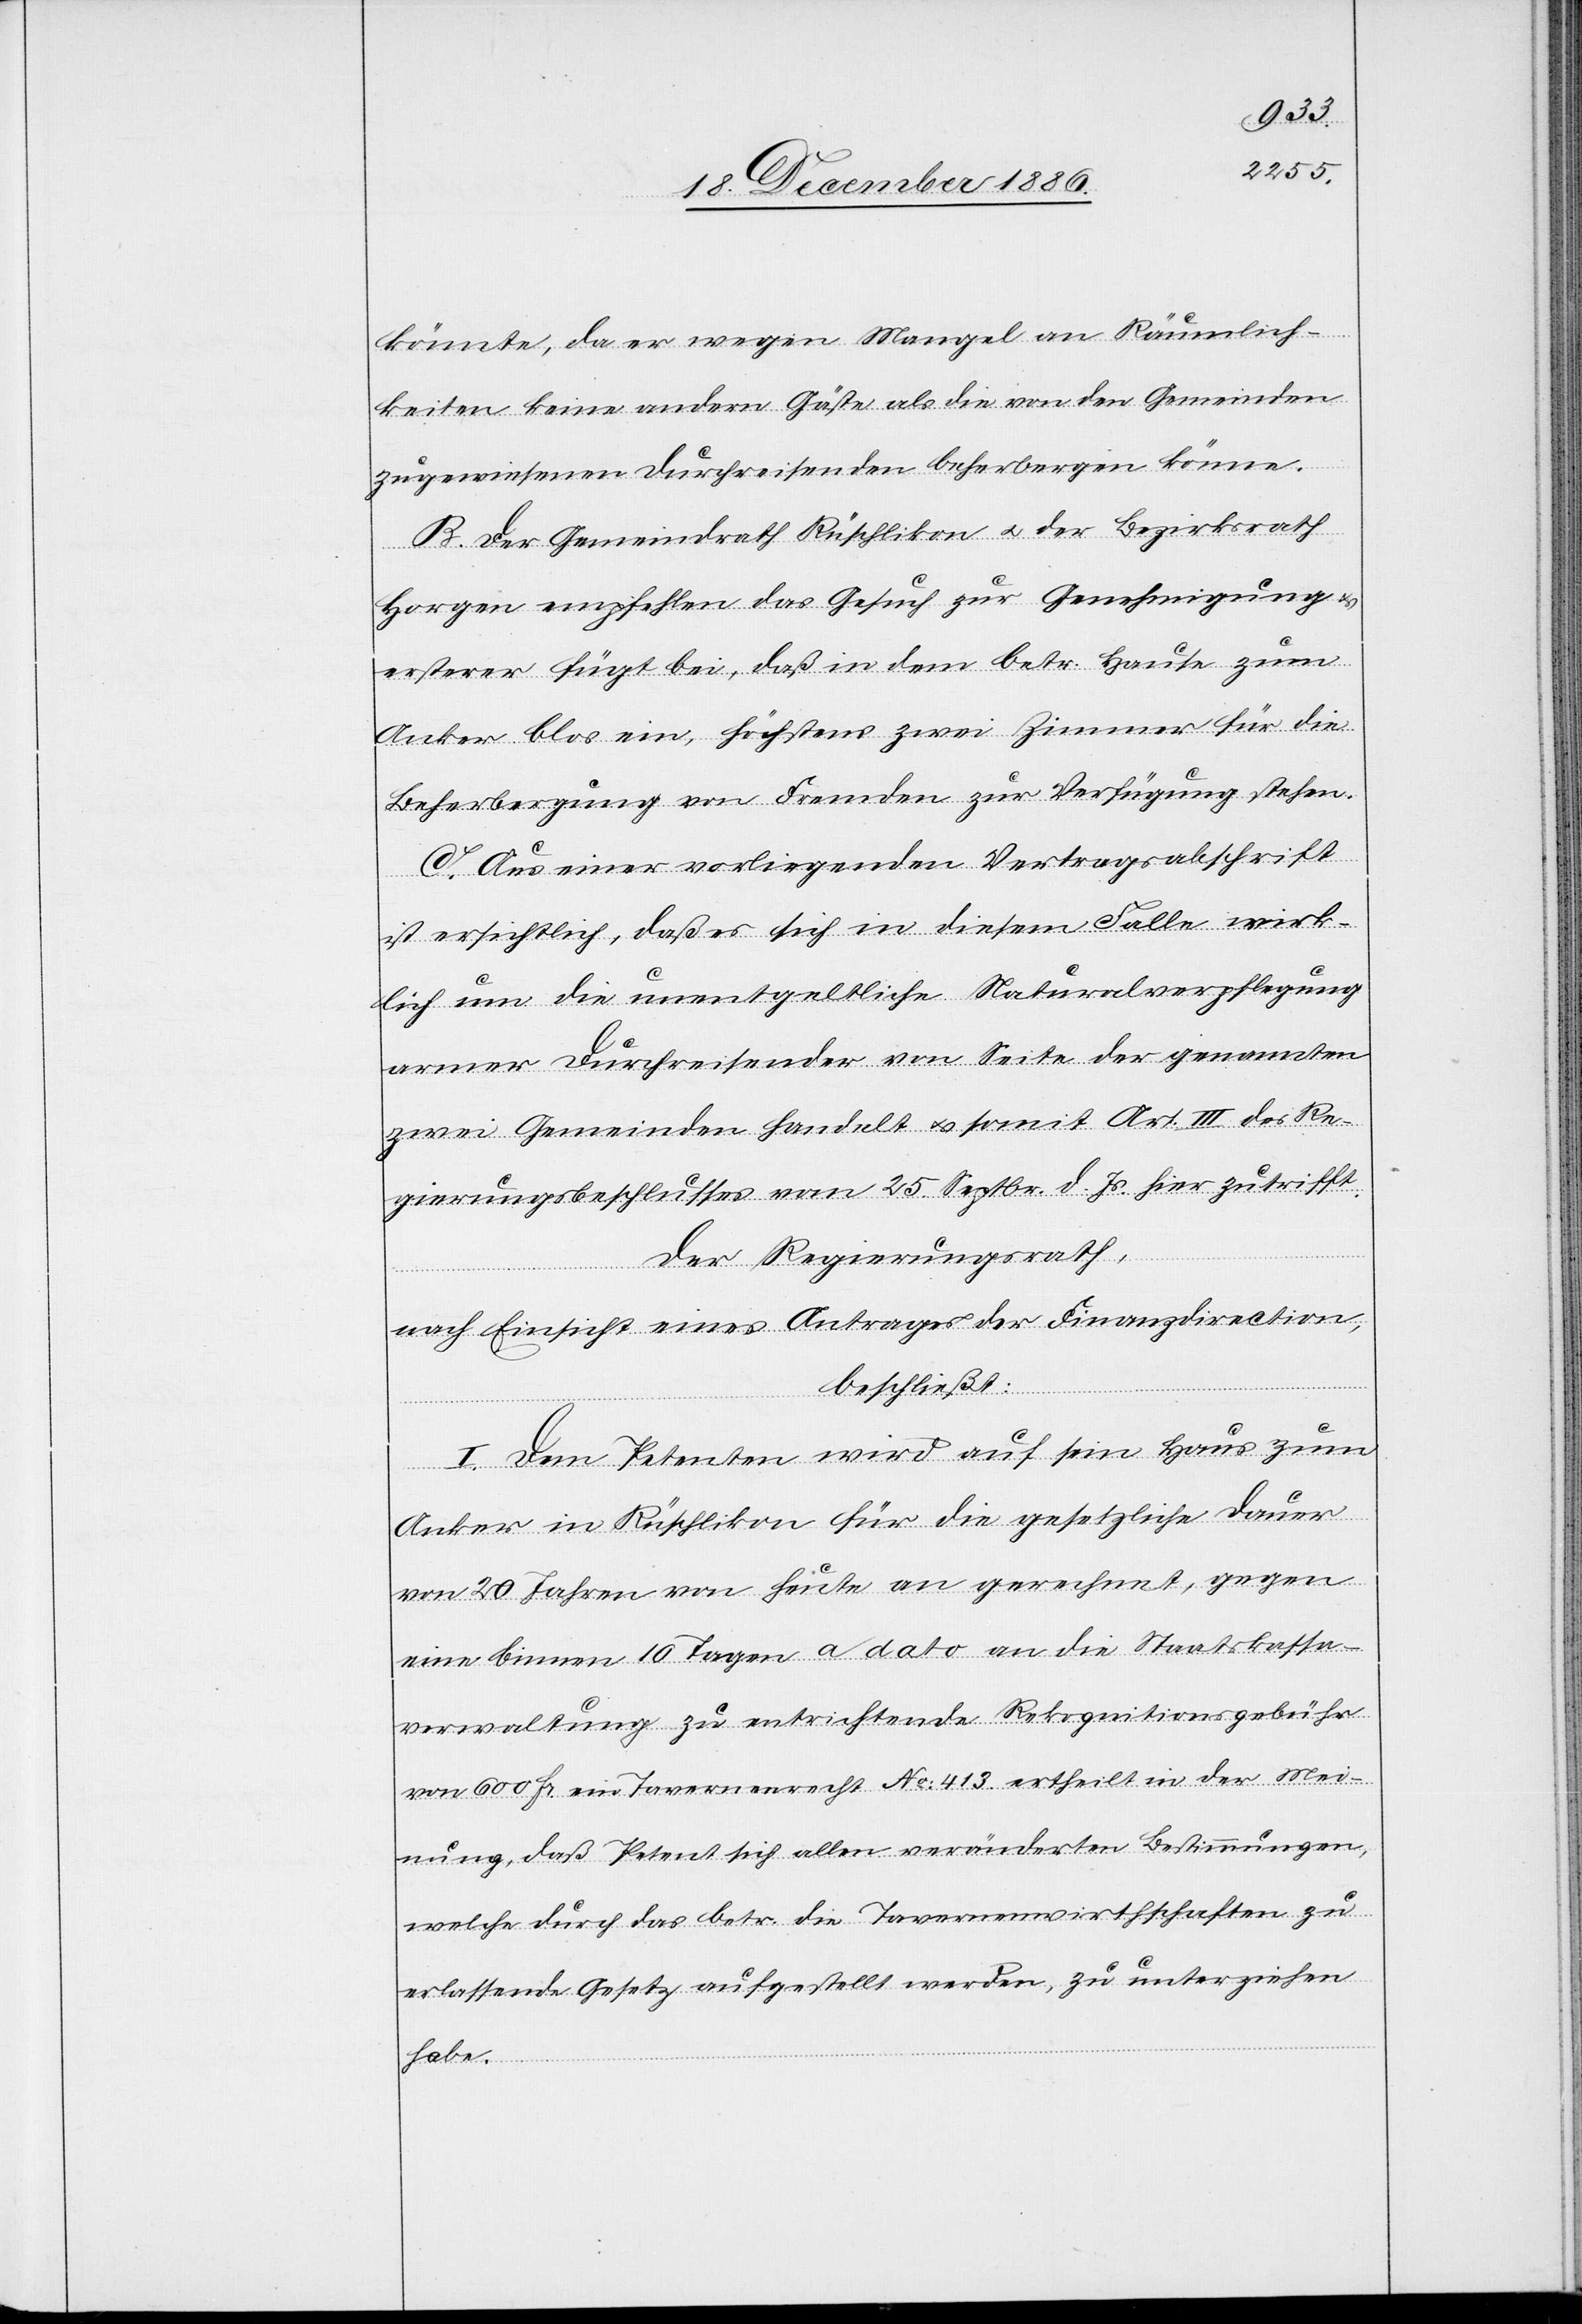
könnte, da er wegen Mangel an Räumlich¬
keiten keine andern Gäste als die von den Gemeinden
zugewiesenen Durchreisenden beherbergen könne.
B. Der Gemeindrath Rüschlikon & der Bezirksrath
Horgen empfehlen das Gesuch zur Genehmigung &
ersterer fügt bei, daß in dem betr. Hause zum
Anker blos ein, höchstens zwei Zimmer für die
Beherbergung von Fremden zur Verfügung stehen.
C. Aus einer vorliegenden Vertragsabschrift
ist ersichtlich, daß es sich in diesem Falle wirk¬
lich um die unentgeltliche Naturalverpflegung
armer Durchreisender von Seite der genannten
zwei Gemeinden handelt & somit Art. III des Re¬
gierungsbeschlusses vom 25. Septbr. d. Js. hier zutrifft.
Der Regierungsrath,
nach Einsicht eines Antrages der Finanzdirection,
beschließt:
I. Dem Petenten wird auf sein Haus zum
Anker in Rüschlikon für die gesetzliche Dauer
von 20 Jahren von heute an gerechnet, gegen
eine binnen 10 Tagen a dato an die Staatskassa¬
verwaltung zu entrichtende Rekognitionsgebühr
von 600 Fr. ein Tavernenrecht No: 413 ertheilt in der Mei¬
nung, daß Petent sich allen veränderten Bestimmungen,
welche durch das betr. die Tavernenwirthschaften zu
erlassende Gesetz aufgestellt werden, zu unterziehen
habe.